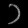
Digit: ၁